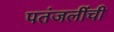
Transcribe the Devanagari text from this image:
पतंजलींची